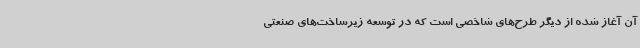
آن آغاز شده از دیگر طرح‌های شاخصی است که در توسعه زیرساخت‌های صنعتی